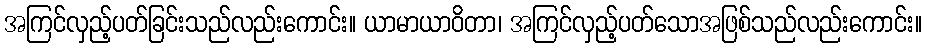
အကြင်လှည့်ပတ်ခြင်းသည်လည်းကောင်း။ ယာမာယာဝိတာ၊ အကြင်လှည့်ပတ်သောအဖြစ်သည်လည်းကောင်း။